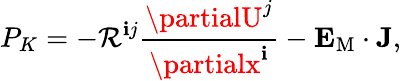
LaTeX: P_{K}=-{\cal{R}}^{\mathbf{i}j}\frac{{\partialU^{j}}}{{\partialx^{\mathbf{i}}}}-{\mathbf{{E}}}_{\mathrm{{{M}}}}\cdot{\mathbf{{J}}},